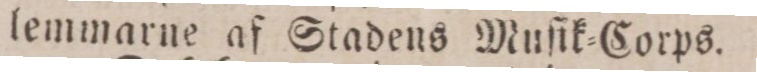
lemmarne af Stadens Muſik=Corps.